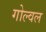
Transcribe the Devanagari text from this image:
गोल्वल